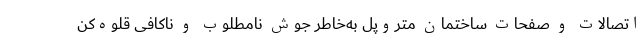
اتصالات و صفحات ساختمان متروپل به‌خاطر جوش نامطلوب و ناکافی قلوه‌کن